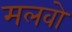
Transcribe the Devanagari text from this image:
मलवो